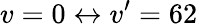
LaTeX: v=0\leftrightarrow v^{\prime}=62